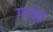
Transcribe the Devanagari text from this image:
गाय्त